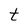
Character: t